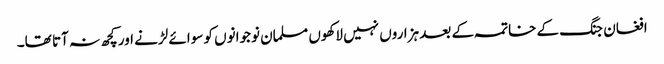
افغان جنگ کے خاتمہ کے بعد ہزاروں نہیں لاکھوں مسلمان نوجوانوں کو سوائے لڑنے اور کچھ نہ آتا تھا۔